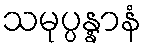
သမုပ္ပန္နာနံ